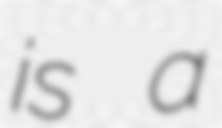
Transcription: is a